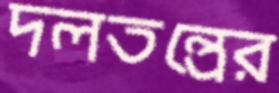
দলতন্ত্রের